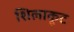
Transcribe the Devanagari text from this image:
शिलाकूट